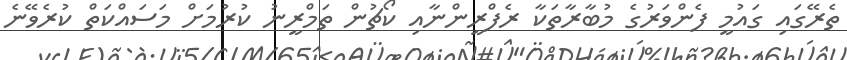
ތެރޭގައި ގައުމީ ފެންވަރުގެ މުބާރާތަކާ ރެފްރީންނާއި ކޯޗުން ތަމްރީނު ކުރުމަށް މަސައްކަތް ކުރެވޭނެ